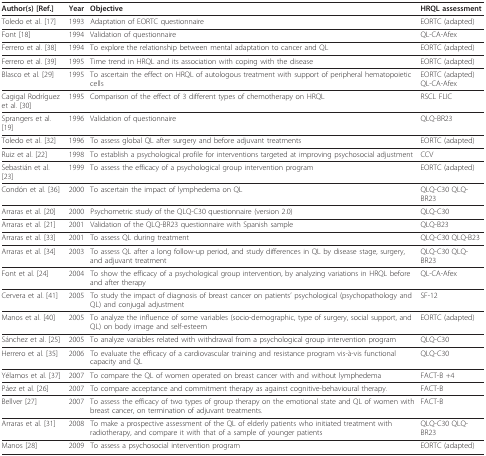
<table><thead><tr><td><b>Author(s) [Ref.]</b></td><td><b>Year</b></td><td><b>Objective</b></td><td><b>HRQL assessment</b></td></tr></thead><tbody><tr><td>Toledo et al. [17]</td><td>1993</td><td>Adaptation of EORTC questionnaire</td><td>EORTC (adapted)</td></tr><tr><td>Font [18]</td><td>1994</td><td>Validation of questionnaire</td><td>QL-CA-Afex</td></tr><tr><td>Ferrero et al. [38]</td><td>1994</td><td>To explore the relationship between mental adaptation to cancer and QL</td><td>EORTC (adapted)</td></tr><tr><td>Ferrero et al. [39]</td><td>1995</td><td>Time trend in HRQL and its association with coping with the disease</td><td>EORTC (adapted)</td></tr><tr><td>Blasco et al. [29]</td><td>1995</td><td>To ascertain the effect on HRQL of autologous treatment with support of peripheral hematopoietic cells</td><td>EORTC (adapted) QL-CA-Afex</td></tr><tr><td>Cagigal Rodríguez et al. [30]</td><td>1995</td><td>Comparison of the effect of 3 different types of chemotherapy on HRQL</td><td>RSCL FLIC</td></tr><tr><td>Sprangers et al. [19]</td><td>1996</td><td>Validation of questionnaire</td><td>QLQ-BR23</td></tr><tr><td>Toledo et al. [32]</td><td>1996</td><td>To assess global QL after surgery and before adjuvant treatments</td><td>EORTC (adapted)</td></tr><tr><td>Ruiz et al. [22]</td><td>1998</td><td>To establish a psychological profile for interventions targeted at improving psychosocial adjustment</td><td>CCV</td></tr><tr><td>Sebastián et al. [23]</td><td>1999</td><td>To assess the efficacy of a psychological group intervention program</td><td>EORTC (adapted)</td></tr><tr><td>Condón et al. [36]</td><td>2000</td><td>To ascertain the impact of lymphedema on QL</td><td>QLQ-C30 QLQ-BR23</td></tr><tr><td>Arraras et al. [20]</td><td>2000</td><td>Psychometric study of the QLQ-C30 questionnaire (version 2.0)</td><td>QLQ-C30</td></tr><tr><td>Arraras et al. [21]</td><td>2001</td><td>Validation of the QLQ-BR23 questionnaire with Spanish sample</td><td>QLQ-B23</td></tr><tr><td>Arraras et al. [33]</td><td>2001</td><td>To assess QL during treatment</td><td>QLQ-C30 QLQ-B23</td></tr><tr><td>Arraras et al. [34]</td><td>2003</td><td>To assess QL after a long follow-up period, and study differences in QL by disease stage, surgery, and adjuvant treatment</td><td>QLQ-C30 QLQ-BR23</td></tr><tr><td>Font et al. [24]</td><td>2004</td><td>To show the efficacy of a psychological group intervention, by analyzing variations in HRQL before and after therapy</td><td>QL-CA-Afex</td></tr><tr><td>Cervera et al. [41]</td><td>2005</td><td>To study the impact of diagnosis of breast cancer on patients&#x27; psychological (psychopathology and QL) and conjugal adjustment</td><td>SF-12</td></tr><tr><td>Manos et al. [40]</td><td>2005</td><td>To analyze the influence of some variables (socio-demographic, type of surgery, social support, and QL) on body image and self-esteem</td><td>EORTC (adapted)</td></tr><tr><td>Sánchez et al. [25]</td><td>2005</td><td>To analyze variables related with withdrawal from a psychological group intervention program</td><td>QLQ-C30</td></tr><tr><td>Herrero et al. [35]</td><td>2006</td><td>To evaluate the efficacy of a cardiovascular training and resistance program vis-à-vis functional capacity and QL</td><td>QLQ-C30</td></tr><tr><td>Yélamos et al. [37]</td><td>2007</td><td>To compare the QL of women operated on breast cancer with and without lymphedema</td><td>FACT-B +4</td></tr><tr><td>Páez et al. [26]</td><td>2007</td><td>To compare acceptance and commitment therapy as against cognitive-behavioural therapy.</td><td>FACT-B</td></tr><tr><td>Bellver [27]</td><td>2007</td><td>To assess the efficacy of two types of group therapy on the emotional state and QL of women with breast cancer, on termination of adjuvant treatments.</td><td>FACT-B</td></tr><tr><td>Arraras et al. [31]</td><td>2008</td><td>To make a prospective assessment of the QL of elderly patients who initiated treatment with radiotherapy, and compare it with that of a sample of younger patients</td><td>QLQ-C30 QLQ-BR23</td></tr><tr><td>Manos [28]</td><td>2009</td><td>To assess a psychosocial intervention program</td><td>EORTC (adapted)</td></tr></tbody></table>